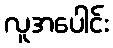
လူအပေါင်း